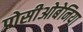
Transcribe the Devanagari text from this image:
प्रोसीओबेनिया